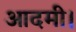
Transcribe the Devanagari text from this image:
आदमी।